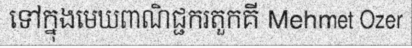
ទៅក្នុងមេឃពាណិជ្ជករតួកគី Mehmet Ozer